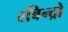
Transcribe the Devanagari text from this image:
रबिन्द्रो